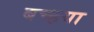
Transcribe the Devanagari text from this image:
बच्हया